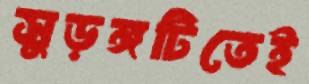
সুড়ঙ্গটিতেই